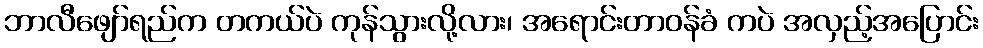
ဘာလီဖျော်ရည်က တကယ်ပဲ ကုန်သွားလို့လား၊ အရောင်းတာဝန်ခံ ကပဲ အလှည့်အပြောင်း